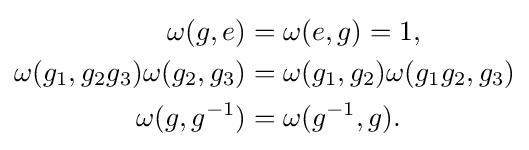
{\begin{aligned}\omega (g,e)&=\omega (e,g)=1,\\\omega (g_{1},g_{2}g_{3})\omega (g_{2},g_{3})&=\omega (g_{1},g_{2})\omega (g_{1}g_{2},g_{3})\\\omega (g,g^{-1})&=\omega (g^{-1},g).\end{aligned}}